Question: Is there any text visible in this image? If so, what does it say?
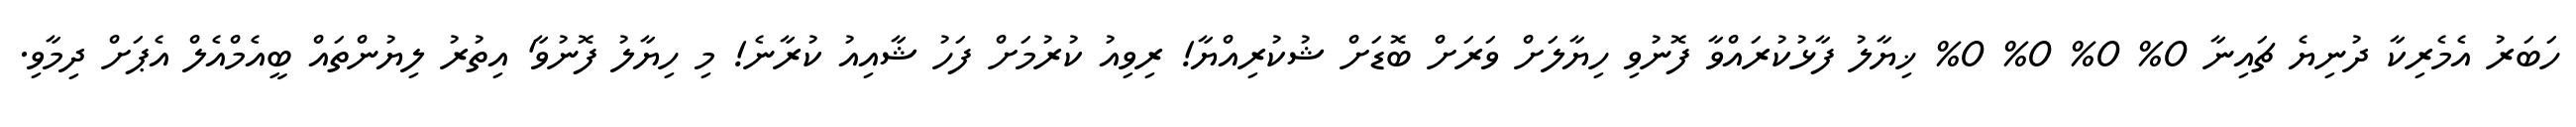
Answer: ހަބަރު އެމެރިކާ ދުނިޔެ ޗައިނާ 0% 0% 0% 0% ޚިޔާލު ފާޅުކުރައްވާ ފޮނުވި ހިޔާލަށް ވަރަށް ބޮޑަށް ޝުކުރިއްޔާ! ރިވިއު ކުރުމަށް ފަހު ޝާއިއު ކުރާނެ! މި ހިޔާލު ފޮނުވާ' އިތުރު ލިޔުންތައް ބީއެމްއެލް އެޕަށް ދިމާވި.